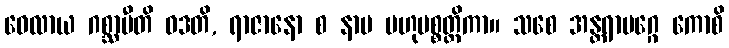
ဝေလာယ ဂစ္ဆာမီတိ ဝဒတိ, ရာဇာနော စ နာမ ဗဟုပစ္စတ္ထိကာ။ သစေ အန္တရာမဂ္ဂေ ကောစိ